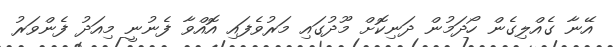
އޭނާ ގެއްލިގެން ހޯދަމުން ދަނިކޮށް މޫދުގައި މަރުވެފައި އޮއްވާ ފެނުނީ މިއަދު ފެންވަރު